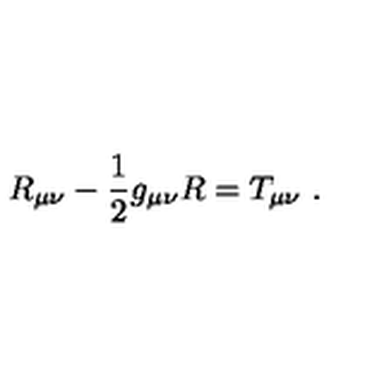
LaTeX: R _ { \mu \nu } - { \frac { 1 } { 2 } } g _ { \mu \nu } R = T _ { \mu \nu } \ .